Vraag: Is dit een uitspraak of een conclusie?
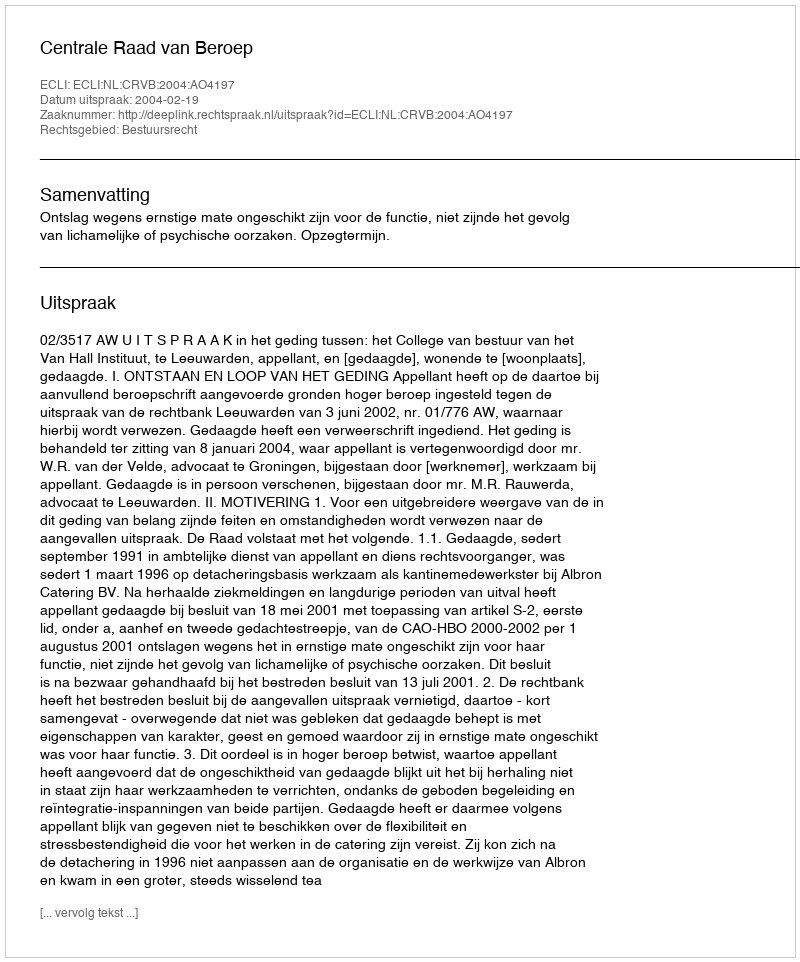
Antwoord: Uitspraak